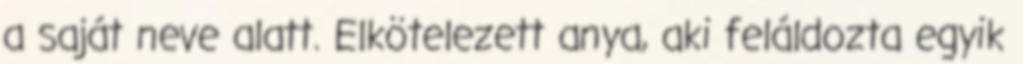
a saját neve alatt. Elkötelezett anya, aki feláldozta egyik